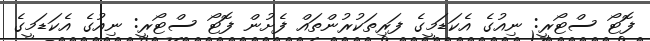
ފޮޓޯ ސްޓޯރީ: ނިއުގެ އެކަޑަމީގެ ފަރިތަކުރުންތައް ފެށުން ފޮޓޯ ސްޓޯރީ: ނިއުގެ އެކަޑަމީގެ